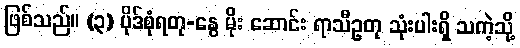
ဖြစ်သည်။ (၃) ပိုဒ်စုံရတု-နွေ မိုး ဆောင်း ရာသီဥတု သုံးပါးရှိ သကဲ့သို့